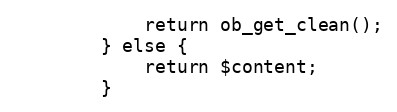
Language: PHP
            return ob_get_clean();
        } else {
            return $content;
        }